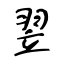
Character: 翌